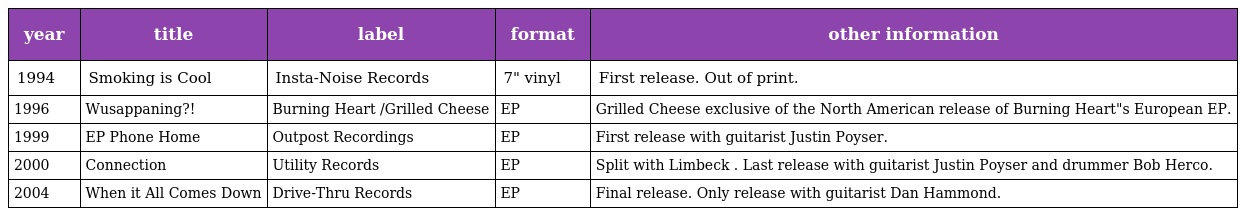
| year | title | label | format | other information |
 | --- | --- | --- | --- | --- |
 | 1994 | Smoking is Cool | Insta-Noise Records | 7" vinyl | First release. Out of print. |
 | 1996 | Wusappaning?! | Burning Heart /Grilled Cheese | EP | Grilled Cheese exclusive of the North American release of Burning Heart"s European EP. |
 | 1999 | EP Phone Home | Outpost Recordings | EP | First release with guitarist Justin Poyser. |
 | 2000 | Connection | Utility Records | EP | Split with Limbeck . Last release with guitarist Justin Poyser and drummer Bob Herco. |
 | 2004 | When it All Comes Down | Drive-Thru Records | EP | Final release. Only release with guitarist Dan Hammond. |